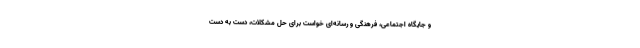
و جایگاه اجتماعی، فرهنگی و رسانه‌ای خواست برای حل مشکلات، دست به دست